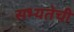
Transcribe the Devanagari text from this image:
सभ्यतेची